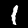
Digit: 1